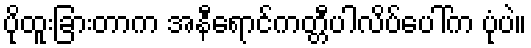
ပိုထူးခြားတာက အနီရောင်ကတ္တီပါလိပ်ပေါ်က ပုံပဲ။